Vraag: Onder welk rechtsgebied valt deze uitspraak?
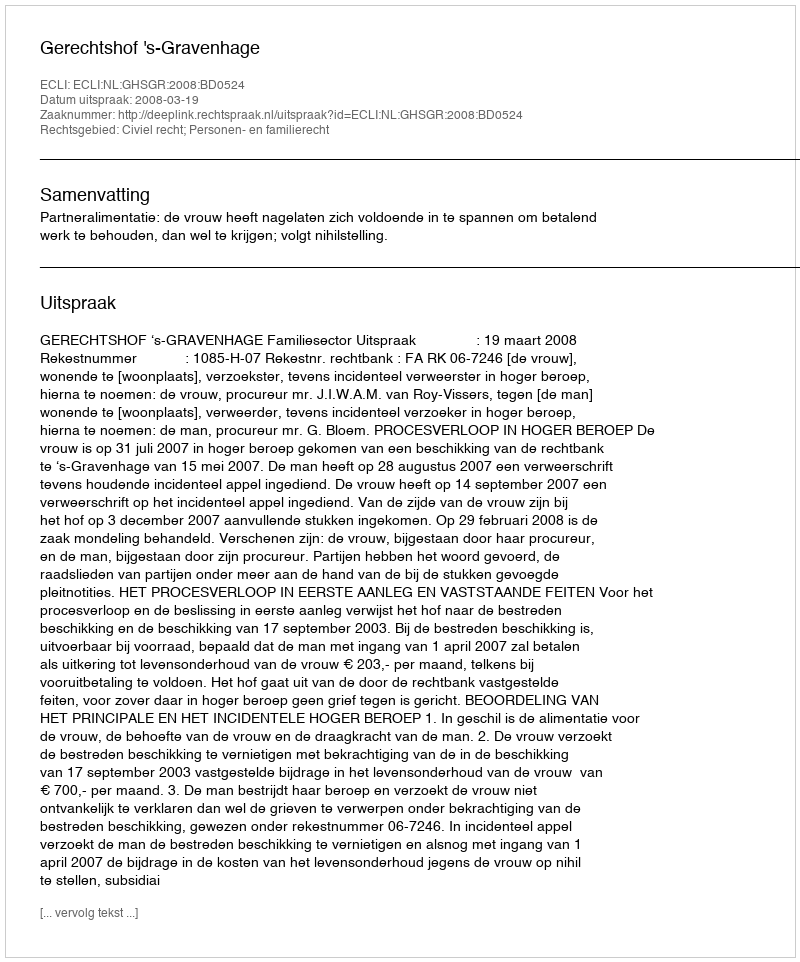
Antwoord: Civiel recht; Personen- en familierecht